Suggestions for procedure with regard to school attendance under the Education (Scotland) Act, 1936, sections 1 to 3 and 5, 1936
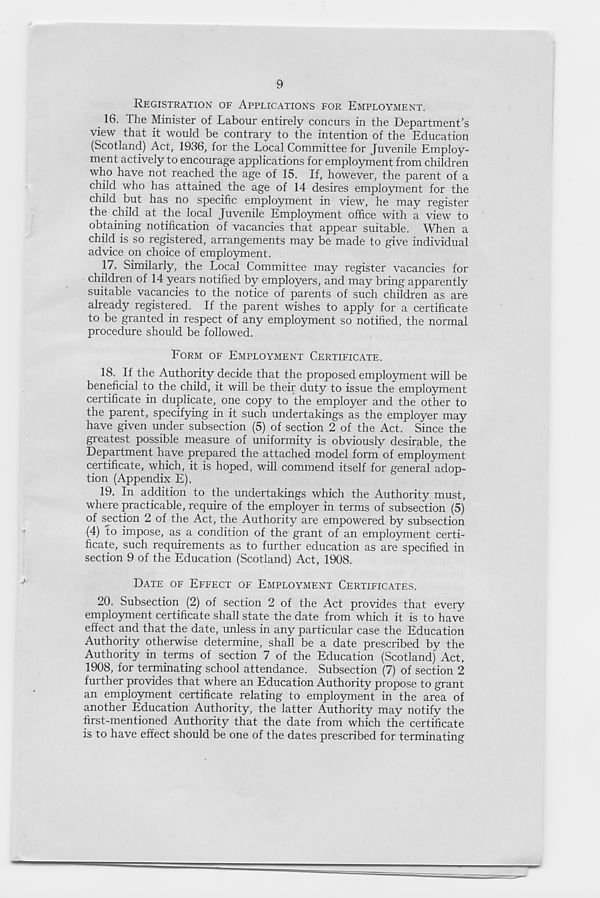
9
REGISTRATION OF APPLICATIONS FOR EMPLOYMENT.
. 16. The Minister of Labour entirely concurs in the Department’s
view that it would be contrary to the intention of the Education
(Scotland) Act, 1936, for the Local Committee for Juvenile Employ-
ment actively to encourage applications for employment from children
who have not reached the age of 15. If, however, the parent of a
child who has attained the age of 14 desires employment for the
child but has no specific employment in view, he may register
the child at the local Juvenile Employment office with a view to
obtaining notification of vacancies that appear suitable. When a
child is so registered, arrangements may be made to give individual
advice on choice of employment.
17. Similarly, the Local Committee may register vacancies for
children of 14 years notified by employers, and may bring apparently
suitable vacancies to the notice of parents of such children as are
already registered. If the parent wishes to apply for a certificate
to be granted in respect of any employment so notified, the normal
procedure should be followed.
FORM OF EMPLOYMENT CERTIFICATE.
18. If the Authority decide that the proposed employment will be
beneficial to the child, it will be their duty to issue the employment
certificate in duplicate, one copy to the employer and the other to
the parent, specifying in it such undertakings as the employer may
have given under subsection (5) of section 2 of the Act. Since the
greatest possible measure of uniformity is obviously desirable, the
Department have prepared the attached model form of employment
certificate, which, it is hoped, will commend itself for general adop-
tion (Appendix E).
19. In addition to the undertakings which the Authority must,
where practicable, require of the employer in terms of subsection (5)
of section 2 of the Act, the Authority are empowered by subsection
(4) to impose, as a condition of the grant of an employment certi-
ficate, such requirements as to further education as are specified in
section 9 of the Education (Scotland) Act, 1908.
DATE OF EFFECT OF EMPLOYMENT CERTIFICATES.
20. Subsection (2) of section 2 of the Act provides that every
employment certificate shall state the date from which it is to have
effect and that the date, unless in any particular case the Education
Authority otherwise determine, shall be a date prescribed by the
Authority in terms of section 7 of the Education (Scotland) Act,
1908, for terminating school attendance. Subsection (7) of section 2
further provides that where an Education Authority propose to grant
an employment certificate relating to employment in the area of
another Education Authority, the latter Authority may notify the
first-mentioned Authority that the date from which the certificate
is to have effect should be one of the dates prescribed for terminating